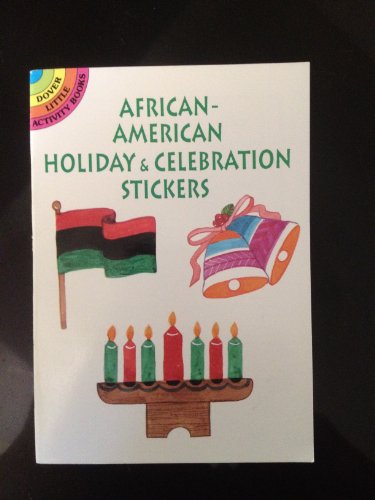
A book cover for African-American Holiday and Celebration Stickers (Dover Little Activity Books); Sylvia Walker; Children's Books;